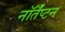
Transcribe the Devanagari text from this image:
नॉर्तँप्टन